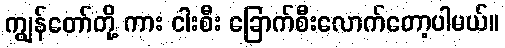
ကျွန်တော်တို့ ကား ငါးစီး ခြောက်စီးလောက်တော့ပါမယ်။